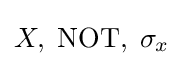
{\textstyle X,\;\mathrm {NOT} ,\;\sigma _{x}}